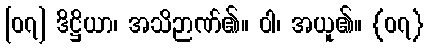
[၀၇] ဒိဋ္ဌိယာ၊ အသိဉာဏ်၏။ ဝါ၊ အယူ၏။ {၀၇}